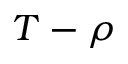
T - \rho